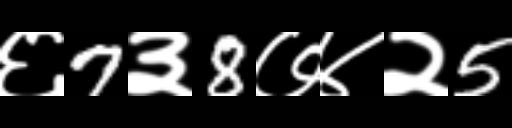
Text: ६7३8७४२5